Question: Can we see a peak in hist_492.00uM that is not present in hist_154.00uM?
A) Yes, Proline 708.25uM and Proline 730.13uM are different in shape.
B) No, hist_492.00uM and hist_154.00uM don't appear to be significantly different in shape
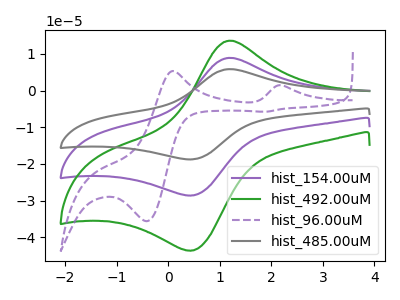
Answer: <think>The purple curve "hist_154.00uM" has an anodic peak at (1.20V, 8.95uA) and a cathodic peak at (0.50V, -28.55uA). The green curve "hist_492.00uM" has an anodic peak at (1.20V, 13.60uA) and a cathodic peak at (0.50V, -43.55uA). The purple dashed curve "hist_96.00uM" has anodic peaks at (2.20V, 1.40uA) (0.10V, 5.35uA) and cathodic peaks at (-0.40V, -35.60uA) (1.90V, -5.75uA). The gray curve "hist_485.00uM" has an anodic peak at (1.20V, 17.85uA) and a cathodic peak at (0.50V, -57.10uA).
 All the peaks in "hist_492.00uM" have a peak in "hist_154.00uM" at the same potential. Every peak in "hist_492.00uM" is higher than every peak in "hist_154.00uM".</think>
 <answer>B) No, "hist_492.00uM" and "hist_154.00uM" don't appear to be significantly different in shape</answer>
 <eval>B</eval>